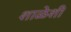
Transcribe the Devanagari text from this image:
शाळेशी